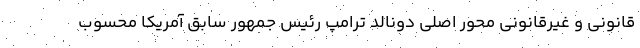
قانونی و غیرقانونی محور اصلی دونالد ترامپ رئیس جمهور سابق آمریکا محسوب